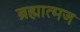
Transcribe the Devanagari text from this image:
ब्रह्मात्मज